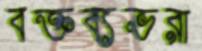
বক্তব্যভরা